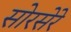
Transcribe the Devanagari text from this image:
सोरसेरे